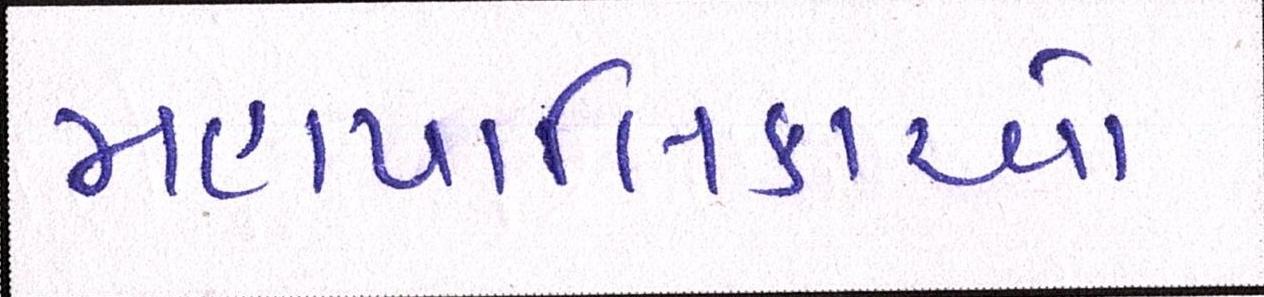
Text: મહાપાલિકાઓ